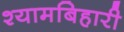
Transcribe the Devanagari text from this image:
श्यामबिहारी